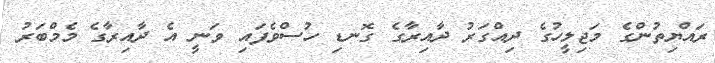
ރައްޔިތުންގެ މަޖިލީހުގެ ދިއްގަރު ދާއިރާގެ ގޮނޑި ހުސްވެފައި ވަނީ އެ ދާއިރާގެ މެމްބަރު